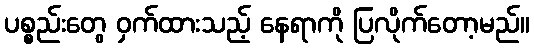
ပစ္စည်းတွေ ဝှက်ထားသည့် နေရာကို ပြလိုက်တော့မည်။